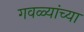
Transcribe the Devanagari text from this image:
गवळ्यांच्या